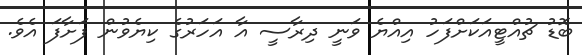
ބޮޑު ޗުއްޓީއަކަށްފަހު އިއްޔެ ވަނީ ދިރާސީ އާ އަހަރުގެ ކިޔެވުން ފަށާފަ އެވެ.